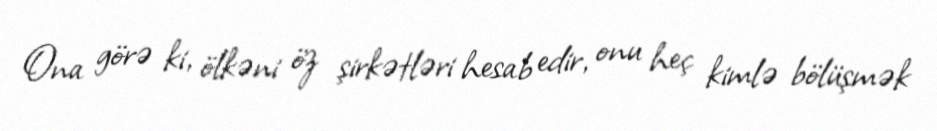
Ona görə ki, ölkəni öz şirkətləri hesab edir, onu heç kimlə bölüşmək